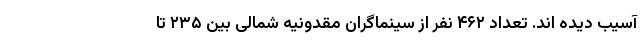
آسیب دیده اند. تعداد ۴۶۲ نفر از سینماگران مقدونیه شمالی بین ۲۳۵ تا